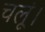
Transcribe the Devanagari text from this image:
चलूं।